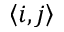
\left\langle i , j \right\rangle